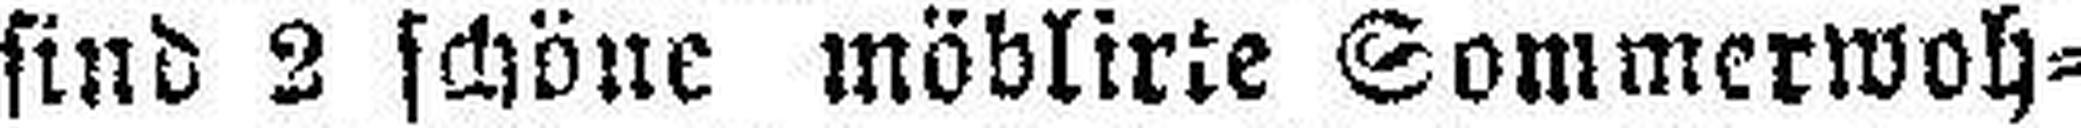
sind 3 schöne möblirte Sommerwoh¬